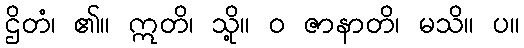
ဌိတံ၊ ၏။ ဣတိ၊ သို့။ ဝ ဇာနာတိ၊ မသိ။ ပ။